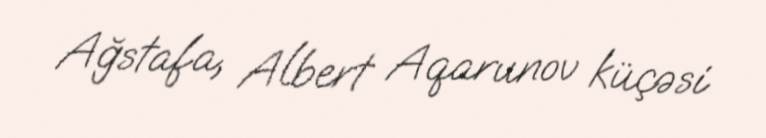
Ağstafa, Albert Aqarunov küçəsi